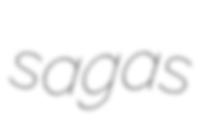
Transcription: sagas